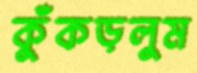
কুঁকড়লুম